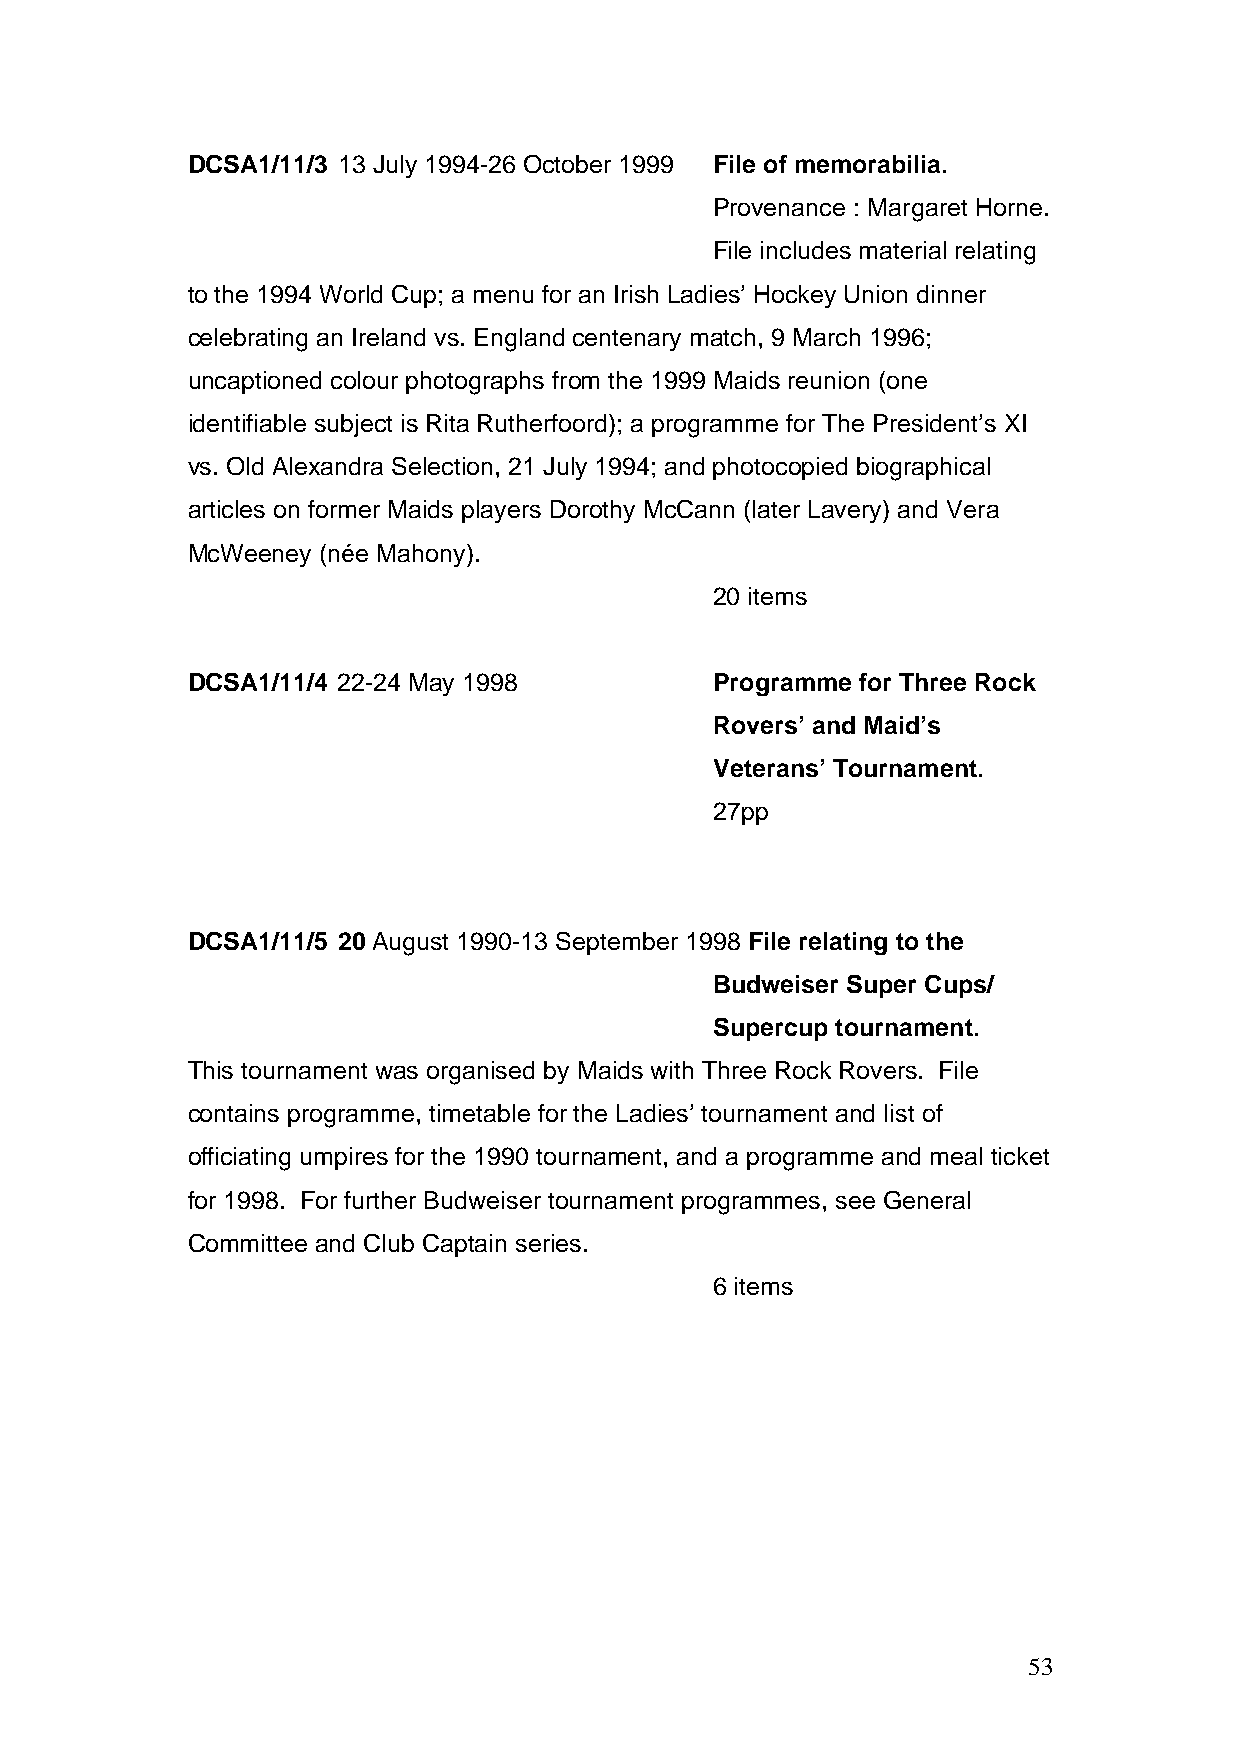
DCSA1/11/3 13 July 1994-26 October 1999 File of memorabilia.
 Provenance : Margaret Horne.
 File includes material relating
 to the 1994 World Cup; a menu for an Irish Ladies’ Hockey Union dinner
 celebrating an Ireland vs. England centenary match, 9 March 1996;
 uncaptioned colour photographs from the 1999 Maids reunion (one
 identifiable subject is Rita Rutherfoord); a programme for The President’s XI
 vs. Old Alexandra Selection, 21 July 1994; and photocopied biographical
 articles on former Maids players Dorothy McCann (later Lavery) and Vera
 McWeeney (née Mahony).
 20 items
 DCSA1/11/4 22-24 May 1998          Programme for Three Rock
 Rovers’ and Maid’s
 Veterans’ Tournament.
 27pp
 DCSA1/11/5 20 August 1990-13 September 1998 File relating to the
 Budweiser Super Cups/
 Supercup tournament.
 This tournament was organised by Maids with Three Rock Rovers. File
 contains programme, timetable for the Ladies’ tournament and list of
 officiating umpires for the 1990 tournament, and a programme and meal ticket
 for 1998. For further Budweiser tournament programmes, see General
 Committee and Club Captain series.
 6 items
 53